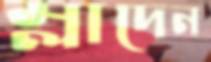
ম্লাদেন